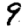
Digit: 9